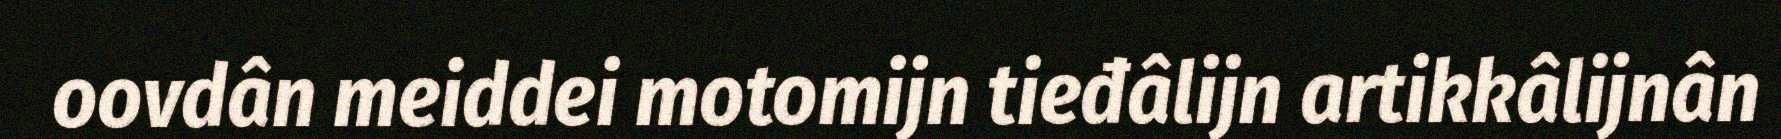
oovdân meiddei motomijn tieđâlijn artikkâlijnân